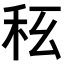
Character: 𥝮